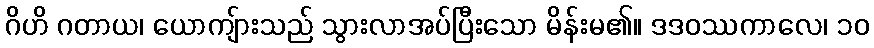
ဂိဟိ ဂတာယ၊ ယောကျ်ားသည် သွားလာအပ်ပြီးသော မိန်းမ၏။ ဒဒဝဿကာလေ၊ ၁၀